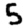
Digit: 5